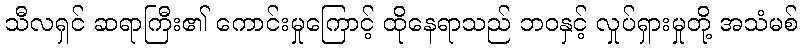
သီလရှင် ဆရာကြီး၏ ကောင်းမှုကြောင့် ထိုနေရာသည် ဘဝနှင့် လှုပ်ရှားမှုတို့ အသံမစ်